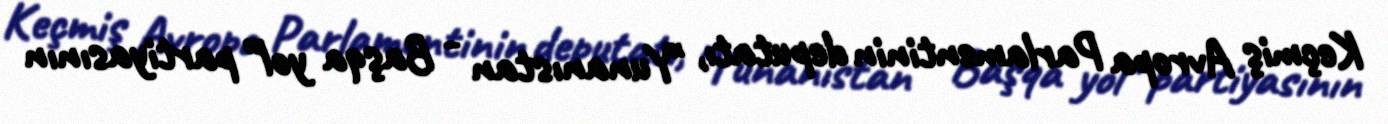
Keçmiş Avropa Parlamentinin deputatı, "Yunanıstan - Başqa yol" partiyasının